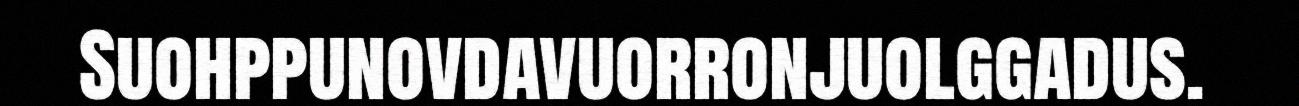
Suohppunovdavuorronjuolggadus.